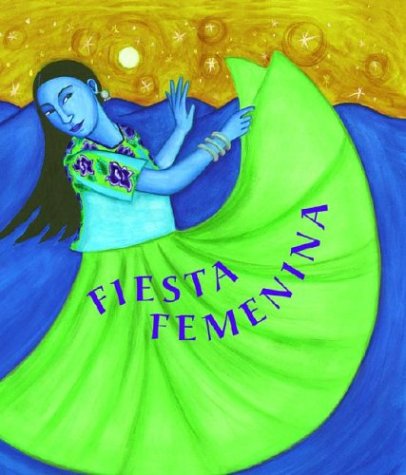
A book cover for Fiesta Femenina (Spanish Edition); Mary-Joan Gerson; Children's Books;